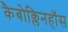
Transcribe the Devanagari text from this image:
कैबोक्लिनहॉस